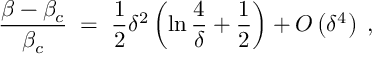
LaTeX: { \frac { \beta - \beta _ { c } } { \beta _ { c } } } \; = \; { \frac { 1 } { 2 } } \delta ^ { 2 } \left( \ln { \frac { 4 } { \delta } } + { \frac { 1 } { 2 } } \right) + O \left( \delta ^ { 4 } \right) \; ,